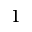
1